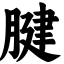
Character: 腱